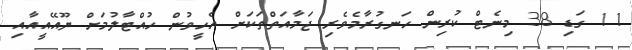
11 ގަޑި 38 މިނެޓް ކުރިން ހަނގުރާމެވެރި ޖަމާއަތްތަކަށް އެހީވުން ހުއްޓާލުމަށް ޔޫއޭއީއާއި